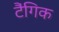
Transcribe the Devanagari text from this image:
टैंगिक